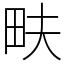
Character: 畉